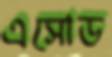
এসোড